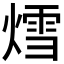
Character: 𮳷